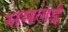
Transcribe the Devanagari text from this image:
समलई